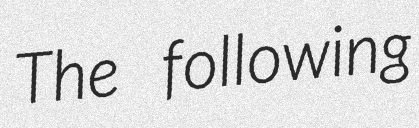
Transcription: The following